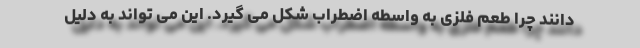
دانند چرا طعم فلزی به واسطه اضطراب شکل می گیرد. این می تواند به دلیل